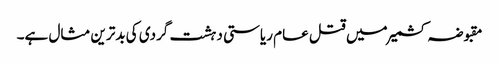
مقبوضہ کشمیر میں قتل عام ریاستی دہشت گردی کی بدترین مثال ہے۔